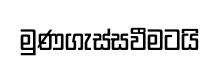
මුණගැස්සවීමටයි